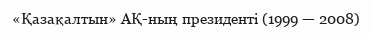
«Қазақалтын» АҚ-ның президенті (1999 — 2008)